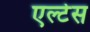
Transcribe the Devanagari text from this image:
एल्टेस